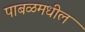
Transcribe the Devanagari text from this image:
पाबळमधील